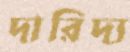
দারিদ্য